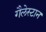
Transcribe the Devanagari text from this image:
गैलेस्टान